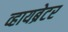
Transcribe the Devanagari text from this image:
व्हायब्रेटर